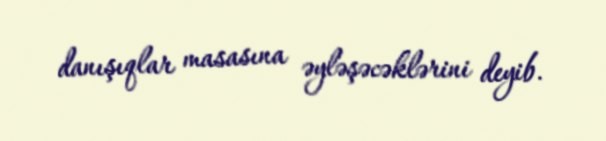
danışıqlar masasına əyləşəcəklərini deyib.